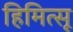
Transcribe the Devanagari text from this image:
हिमित्सू